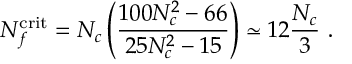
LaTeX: N _ { f } ^ { \mathrm { c r i t } } = N _ { c } \left( \frac { 1 0 0 N _ { c } ^ { 2 } - 6 6 } { 2 5 N _ { c } ^ { 2 } - 1 5 } \right) \simeq 1 2 \frac { N _ { c } } { 3 } \ .